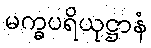
မက္ခပရိယုဋ္ဌာနံ